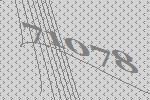
71078